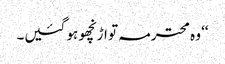
‘‘ وہ محترمہ تو اڑنچھو ہو گئیں۔